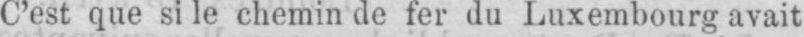
C’est que si le chemin de fer du Luxembourg avait